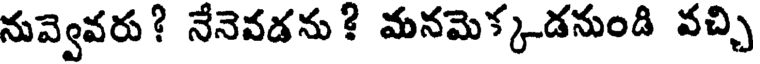
నువ్వెవరు? నేనెవడను! మనమెక్కడనుండి వచ్చి